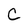
Character: C